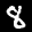
Label: 8